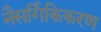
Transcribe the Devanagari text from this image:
नैसर्गिकिकरण